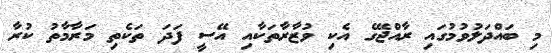
މި ބައްދަލުވުމުގައި ރާއްޖޭގެ އެކި ވުޒާރާތަކާއި އޭސީ ފަދަ ތަކެތި މަރާމާތު ކުރާ